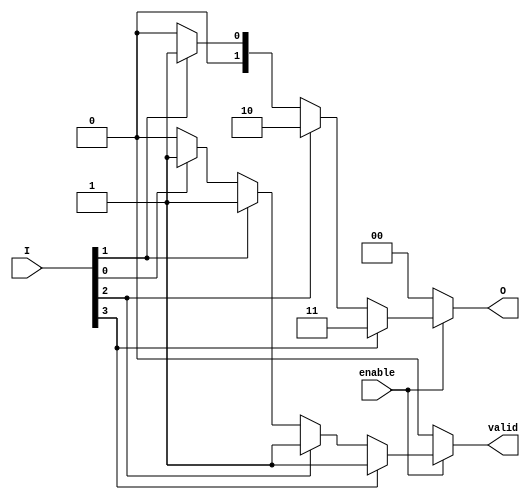
module binary_encoder (
    input wire [3:0] I,       // 4 input lines (I0, I1, I2, I3)
    input wire enable,        // Enable input
    output reg [1:0] O,      // 2 output lines (O0, O1)
    output reg valid         // Valid output signal
);

    always @(*) begin
        if (!enable) begin
            // If not enabled, set outputs to zero
            O = 2'b00;
            valid = 1'b0;
        end else begin
            // Default output
            O = 2'b00;
            valid = 1'b0;

            // Priority encoding
            if (I[3]) begin
                O = 2'b11;   // I3 is active
                valid = 1'b1;
            end else if (I[2]) begin
                O = 2'b10;   // I2 is active
                valid = 1'b1;
            end else if (I[1]) begin
                O = 2'b01;   // I1 is active
                valid = 1'b1;
            end else if (I[0]) begin
                O = 2'b00;   // I0 is active
                valid = 1'b1;
            end
        end
    end
endmodule